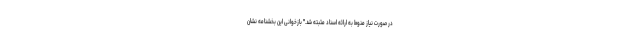
در صورت نیاز منوط به ارائه اسناد مثبته شد." بازخوانی این بخشنامه نشان